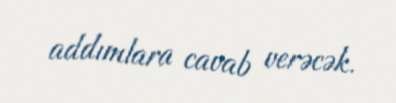
addımlara cavab verəcək.